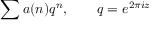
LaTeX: \sum a ( n ) q ^ { n } , \qquad q = e ^ { 2 \pi i z }